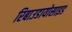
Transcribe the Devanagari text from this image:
रिबाउडायोसाइड